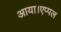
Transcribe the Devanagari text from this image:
आया।एप्पल